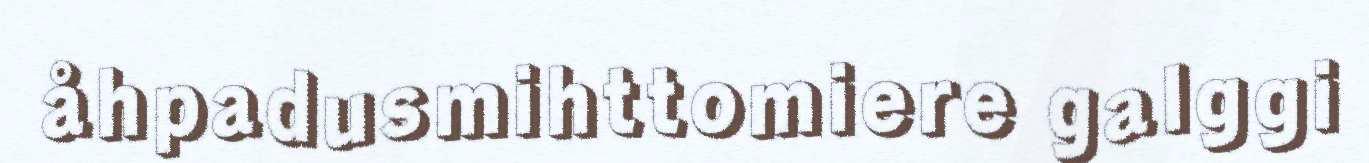
åhpadusmihttomiere galggi